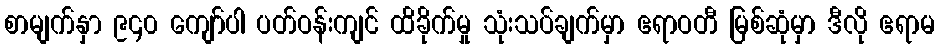
စာမျက်နှာ ၉၄၀ ကျော်ပါ ပတ်ဝန်းကျင် ထိခိုက်မှု သုံးသပ်ချက်မှာ ဧရာဝတီ မြစ်ဆုံမှာ ဒီလို ဧရာမ